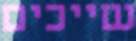
שייכים